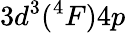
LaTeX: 3d^{3}(^{4}F)4p